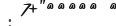
: